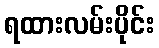
ရထားလမ်းပိုင်း